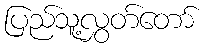
ပြည်သူ့လွှတ်တော်